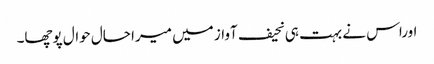
اوراس نے بہت ہی نحیف آواز میں میرا حال حوال پوچھا۔